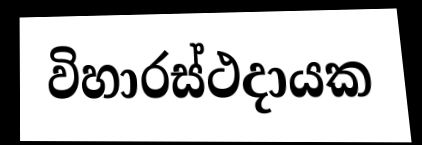
විහාරස්ථදායක